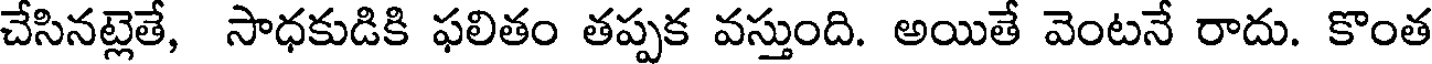
చేసినట్లెతే, సాధకుడికి ఫలితం తప్పక వస్తుంది. అయితే వెంటనే రాదు. కొంత